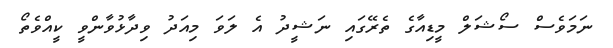
ނަމަވެސް ސޯޝަލް މީޑިއާގެ ތެރޭގައި ނަޝީދު އެ ލަވަ މިއަދު ވިދާޅުވާންވީ ކީއްވެތޯ